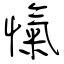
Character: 愾